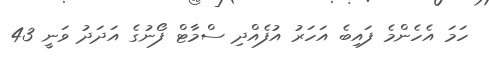
ހަމަ އެހެންމެ ފައިބެ އަހަރު އުފެއްދި ސްމާޓް ފޯނުގެ އަދަދު ވަނީ 43